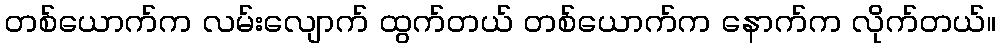
တစ်ယောက်က လမ်းလျောက် ထွက်တယ် တစ်ယောက်က နောက်က လိုက်တယ်။